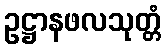
ဥဋ္ဌာနဖလသုတ္တံ